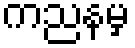
ကညနမှ